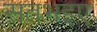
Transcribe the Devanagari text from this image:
सतभइए